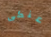
عنكى